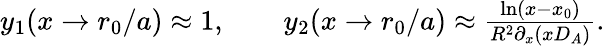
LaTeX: \begin{array}{r}{y_{1}(x\rightarrow r_{0}/a)\approx 1,\qquad y_{2}(x\rightarrow r_{0}/a)\approx\frac{\ln\left(x-x_{0}\right)}{R^{2}\partial_{x}\left(xD_{A}\right)}.}\end{array}